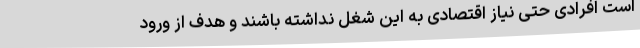
است افرادی حتی نیاز اقتصادی به این شغل نداشته باشند و هدف از ورود